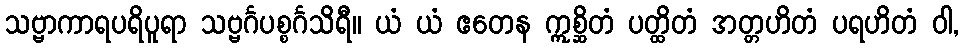
သဗ္ဗာကာရပရိပူရာ သဗ္ဗင်္ဂပစ္စင်္ဂသိရီ။ ယံ ယံ ဧတေန ဣစ္ဆိတံ ပတ္ထိတံ အတ္တဟိတံ ပရဟိတံ ဝါ,